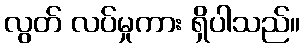
လွတ် လပ်မှုကား ရှိပါသည်။